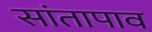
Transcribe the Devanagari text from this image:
सांतापाव